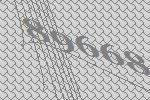
89668